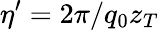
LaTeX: \eta^{\prime}=2\pi/q_{0}z_{T}